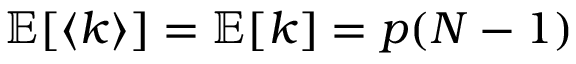
\mathbb { E } [ \langle k \rangle ] = \mathbb { E } [ k ] = p ( N - 1 )